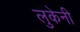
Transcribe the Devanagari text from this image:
लुकेनी